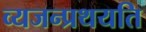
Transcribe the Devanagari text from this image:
व्यजन्प्रथयति